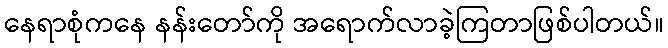
နေရာစုံကနေ နန်းတော်ကို အရောက်လာခဲ့ကြတာဖြစ်ပါတယ်။